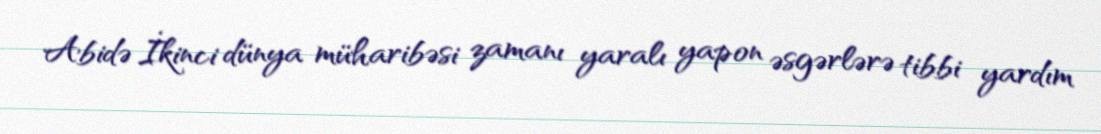
Abidə İkinci dünya müharibəsi zamanı yaralı yapon əsgərlərə tibbi yardım